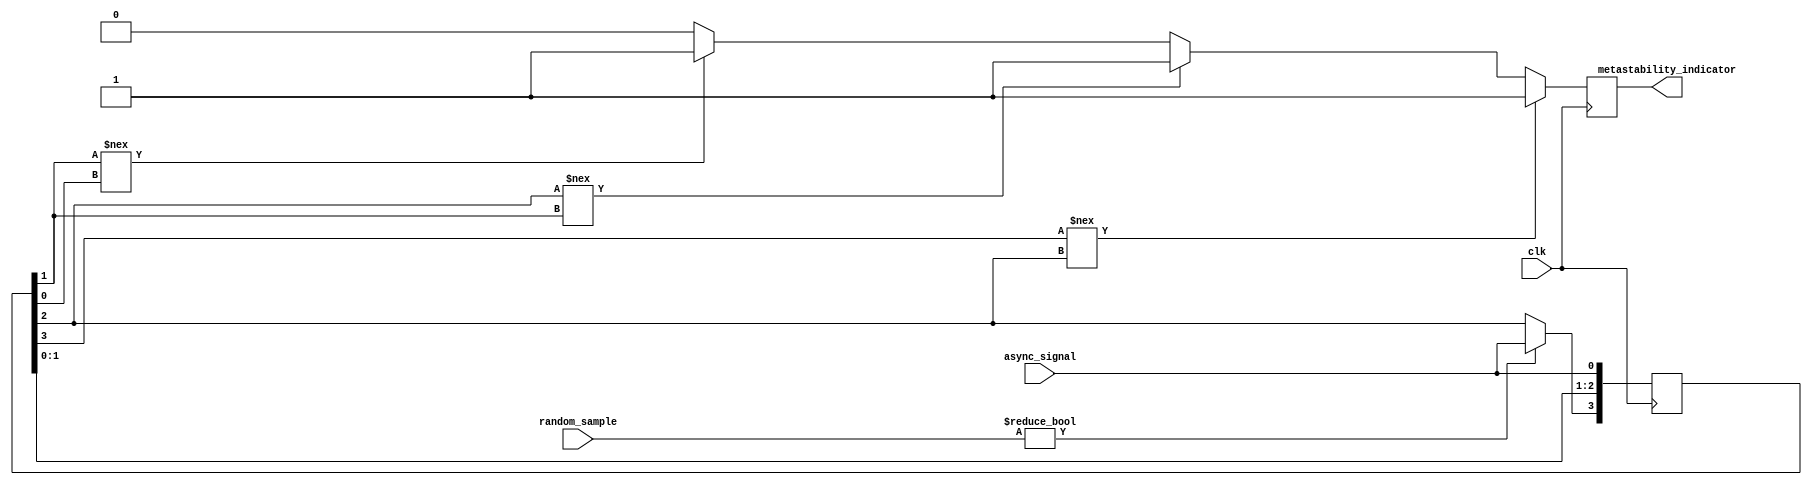
module MetastabilityDetector (
    input wire clk,                   // Sampling clock
    input wire async_signal,          // Input signal to be monitored
    input wire [N-1:0] random_sample, // Random sampling control (pseudo-random input)
    output reg metastability_indicator  // Metastability detection output
);
    parameter N = 4;                  // Number of samples to store
    reg [N-1:0] samples;              // Memory block to store samples
    reg [N-1:0] prev_samples;         // Previous samples for comparison
    integer i;

    // Random sampling logic
    always @(posedge clk) begin
        // Shift samples to the left and insert new sample
        samples <= {samples[N-2:0], async_signal};

        // Check if the sampling should be done based on random_sample
        if (random_sample) begin
            // Store the sampled value
            samples[N-1] <= async_signal;
        end
    end

    // Comparison logic
    always @(posedge clk) begin
        // Compare current samples with previous samples
        metastability_indicator = 1'b0; // Reset indicator
        for (i = 1; i < N; i = i + 1) begin
            if (samples[i] !== samples[i-1]) begin
                // If there's a discrepancy, indicate metastability
                metastability_indicator = 1'b1;
            end
        end

        // Store the current samples for the next comparison
        prev_samples <= samples;
    end
endmodule